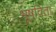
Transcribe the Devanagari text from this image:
भूषविता